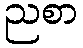
ညစာ